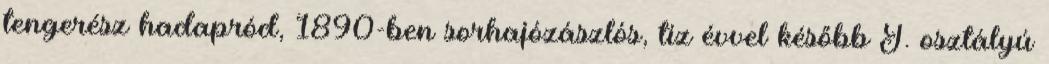
tengerész hadapród, 1890-ben sorhajózászlós, tíz évvel később I. osztályú